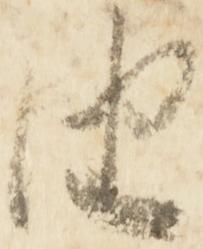
由